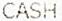
CASH